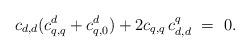
LaTeX: \begin{align*}c_{d,d}(c_{q,q}^d+c_{q,0}^d)+2c_{q,q}{\,}c_{d,d}^q ~=~ 0.\end{align*}